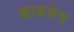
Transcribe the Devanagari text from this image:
ह्याकडेच